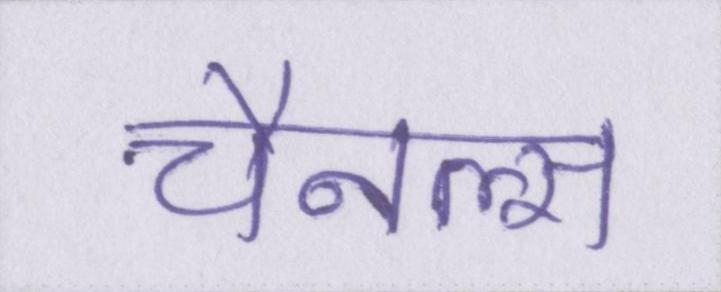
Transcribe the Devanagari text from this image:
चैनल्स